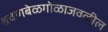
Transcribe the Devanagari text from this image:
श्रवणबेळगोळाजवळील